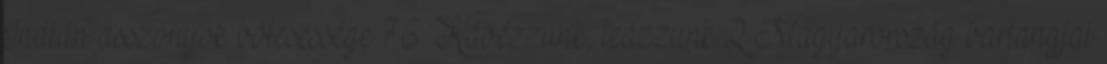
Indián asszonyok bölcsessége 76 Kávézzunk, teázzunk 2 Magyarország barlangjai